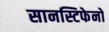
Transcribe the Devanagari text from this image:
सानस्टिफेनो